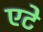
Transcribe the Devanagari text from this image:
एटे